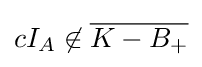
cI_{A}\not \in {\overline {K-B_{+}}}